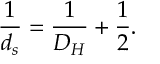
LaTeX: \frac { 1 } { d _ { s } } = \frac { 1 } { D _ { H } } + \frac { 1 } { 2 } .